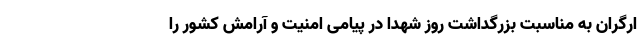
ارگران به مناسبت بزرگداشت روز شهدا در پیامی امنیت و آرامش کشور را